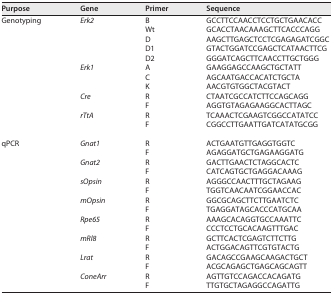
<table><thead><tr><td><b>Purpose</b></td><td><b>Gene</b></td><td><b>Primer</b></td><td><b>Sequence</b></td></tr></thead><tbody><tr><td>Genotyping</td><td><i>Erk2</i></td><td>B</td><td>GCCTTCCAACCTCCTGCTGAACACC</td></tr><tr><td></td><td></td><td>Wt</td><td>GCACCTAACAAAGCTTCACCCAGG</td></tr><tr><td></td><td></td><td>D</td><td>AAGCTTGAGCTCCTCGAGAGATCGGC</td></tr><tr><td></td><td></td><td>D1</td><td>GTACTGGATCCGAGCTCATAACTTCG</td></tr><tr><td></td><td></td><td>D2</td><td>GGGATCAGCTTCAACCTTGCTGGG</td></tr><tr><td></td><td><i>Erk1</i></td><td>A</td><td>GAAGGAGCCAAGCTGCTATT</td></tr><tr><td></td><td></td><td>C</td><td>AGCAATGACCACATCTGCTA</td></tr><tr><td></td><td></td><td>K</td><td>AACGTGTGGCTACGTACT</td></tr><tr><td></td><td><i>Cre</i></td><td>R</td><td>CTAATCGCCATCTTCCAGCAGG</td></tr><tr><td></td><td></td><td>F</td><td>AGGTGTAGAGAAGGCACTTAGC</td></tr><tr><td></td><td><i>rTtA</i></td><td>R</td><td>TCAAACTCGAAGTCGGCCATATCC</td></tr><tr><td></td><td></td><td>F</td><td>CGGCCTTGAATTGATCATATGCGG</td></tr><tr><td>qPCR</td><td><i>Gnat1</i></td><td>R</td><td>ACTGAATGTTGAGGTGGTC</td></tr><tr><td></td><td></td><td>F</td><td>AGAGGATGCTGAGAAGGATG</td></tr><tr><td></td><td><i>Gnat2</i></td><td>R</td><td>GACTTGAACTCTAGGCACTC</td></tr><tr><td></td><td></td><td>F</td><td>CATCAGTGCTGAGGACAAAG</td></tr><tr><td></td><td><i>sOpsin</i></td><td>R</td><td>AGGGCCAACTTTGCTAGAAG</td></tr><tr><td></td><td></td><td>F</td><td>TGGTCAACAATCGGAACCAC</td></tr><tr><td></td><td><i>mOpsin</i></td><td>R</td><td>GGCGCAGCTTCTTGAATCTC</td></tr><tr><td></td><td></td><td>F</td><td>TGAGGATAGCACCCATGCAA</td></tr><tr><td></td><td><i>Rpe65</i></td><td>R</td><td>AAAGCACAGGTGCCAAATTC</td></tr><tr><td></td><td></td><td>F</td><td>CCCTCCTGCACAAGTTTGAC</td></tr><tr><td></td><td><i>mRl8</i></td><td>R</td><td>GCTTCACTCGAGTCTTCTTG</td></tr><tr><td></td><td></td><td>F</td><td>ACTGGACAGTTCGTGTACTG</td></tr><tr><td></td><td><i>Lrat</i></td><td>R</td><td>GACAGCCGAAGCAAGACTGCT</td></tr><tr><td></td><td></td><td>F</td><td>ACGCAGAGCTGAGCAGCAGTT</td></tr><tr><td></td><td><i>ConeArr</i></td><td>R</td><td>AGTTGTCCAGACCACAGATG</td></tr><tr><td></td><td></td><td>F</td><td>TTGTGCTAGAGGCCAGATTG</td></tr></tbody></table>